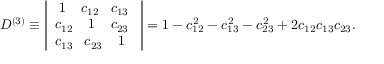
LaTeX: D ^ { ( 3 ) } \equiv \left| \begin{array} { c } { { { \; 1 \; \; \; \; c _ { 1 2 } \; \; \; c _ { 1 3 } \; } } } \\ { { { c _ { 1 2 } \; \; \; \; 1 \; \; \; \; c _ { 2 3 } \; } } } \\ { { { c _ { 1 3 } \; \; \; c _ { 2 3 } \; \; \; \; 1 \; \; } } } \end{array} \right| = 1 - c _ { 1 2 } ^ { 2 } - c _ { 1 3 } ^ { 2 } - c _ { 2 3 } ^ { 2 } + 2 c _ { 1 2 } c _ { 1 3 } c _ { 2 3 } .